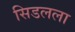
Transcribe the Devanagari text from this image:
सिडलला